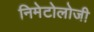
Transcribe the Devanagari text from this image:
निमेटोलोजी